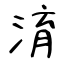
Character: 淯